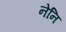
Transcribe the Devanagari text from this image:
नेनि